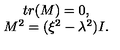
\begin{array} { c } { t r ( M ) = 0 , } \\ { M ^ { 2 } = ( \xi ^ { 2 } - \lambda ^ { 2 } ) I . } \\ \end{array}